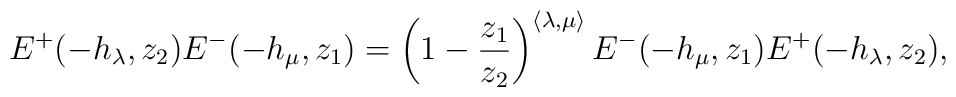
E^{+}(-h_{\lambda},z_{2}) E^{-}(-h_{\mu},z_{1}) = \left(1-\frac{z_{1}}{z_{2}}\right)^{\langle \lambda , \mu \rangle}E^{-}(-h_{\mu},z_{1}) E^{+}(-h_{\lambda},z_{2}) ,